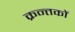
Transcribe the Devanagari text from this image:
क्रन्तकों